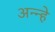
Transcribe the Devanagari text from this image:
अन्न्हे